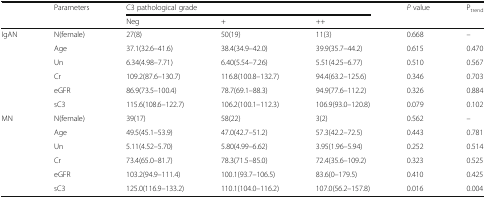
<table><thead><tr><td rowspan="2"></td><td rowspan="2"><b>Parameters</b></td><td colspan="3"><b>C3 pathological grade</b></td><td rowspan="2"><b><i>P</i> value</b></td><td rowspan="2"><b>P<sub>trend</sub></b></td></tr><tr><td><b>Neg</b></td><td><b>+</b></td><td><b>++</b></td></tr></thead><tbody><tr><td rowspan="6">IgAN</td><td>N(female)</td><td>27(8)</td><td>50(19)</td><td>11(3)</td><td>0.668</td><td>–</td></tr><tr><td>Age</td><td>37.1(32.6–41.6)</td><td>38.4(34.9–42.0)</td><td>39.9(35.7–44.2)</td><td>0.615</td><td>0.470</td></tr><tr><td>Un</td><td>6.34(4.98–7.71)</td><td>6.40(5.54–7.26)</td><td>5.51(4.25–6.77)</td><td>0.510</td><td>0.567</td></tr><tr><td>Cr</td><td>109.2(87.6–130.7)</td><td>116.8(100.8–132.7)</td><td>94.4(63.2–125.6)</td><td>0.346</td><td>0.703</td></tr><tr><td>eGFR</td><td>86.9(73.5–100.4)</td><td>78.7(69.1–88.3)</td><td>94.9(77.6–112.2)</td><td>0.326</td><td>0.884</td></tr><tr><td>sC3</td><td>115.6(108.6–122.7)</td><td>106.2(100.1–112.3)</td><td>106.9(93.0–120.8)</td><td>0.079</td><td>0.102</td></tr><tr><td rowspan="6">MN</td><td>N(female)</td><td>39(17)</td><td>58(22)</td><td>3(2)</td><td>0.562</td><td>–</td></tr><tr><td>Age</td><td>49.5(45.1–53.9)</td><td>47.0(42.7–51.2)</td><td>57.3(42.2–72.5)</td><td>0.443</td><td>0.781</td></tr><tr><td>Un</td><td>5.11(4.52–5.70)</td><td>5.80(4.99–6.62)</td><td>3.95(1.96–5.94)</td><td>0.252</td><td>0.514</td></tr><tr><td>Cr</td><td>73.4(65.0–81.7)</td><td>78.3(71.5–85.0)</td><td>72.4(35.6–109.2)</td><td>0.323</td><td>0.525</td></tr><tr><td>eGFR</td><td>103.2(94.9–111.4)</td><td>100.1(93.7–106.5)</td><td>83.6(0–179.5)</td><td>0.410</td><td>0.425</td></tr><tr><td>sC3</td><td>125.0(116.9–133.2)</td><td>110.1(104.0–116.2)</td><td>107.0(56.2–157.8)</td><td>0.016</td><td>0.004</td></tr></tbody></table>